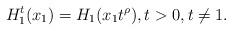
LaTeX: \begin{align*}H_{1}^{t}(x_{1})=H_{1}(x_{1}t^{\rho }),t>0,t\neq 1.\end{align*}